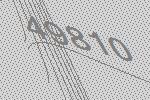
49810